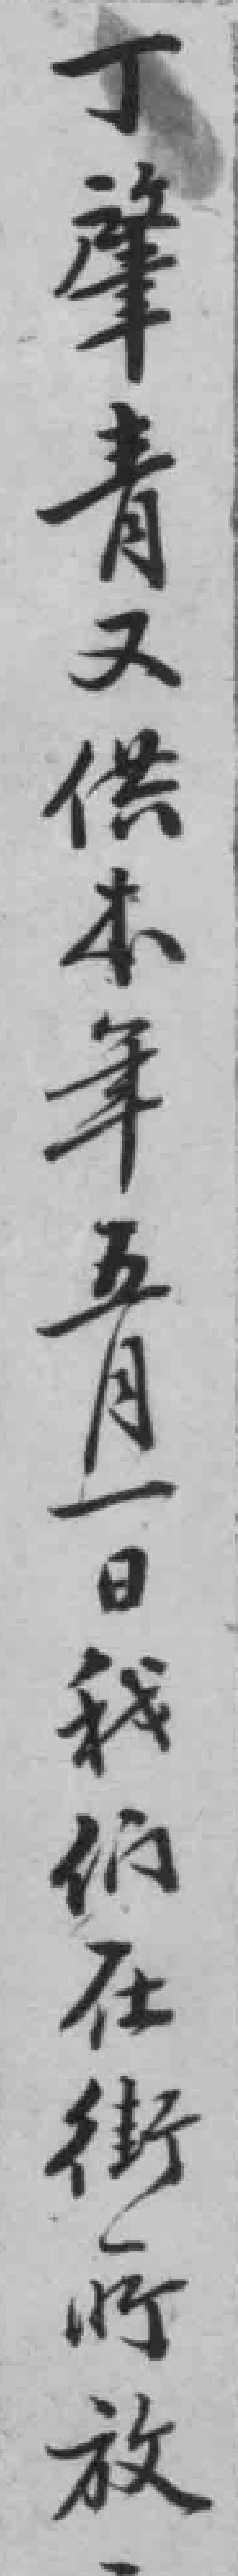
丁肇青又供本年五月一日我们在街所放